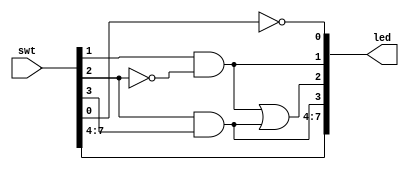
`timescale 1ns / 1ps
//////////////////////////////////////////////////////////////////////////////////
// Module Name: tutorial
//////////////////////////////////////////////////////////////////////////////////


module tutorial(
    input [7:0] swt,
     output [7:0] led
    );
    
    assign led[0] = ~swt[0];
    assign led[1] = swt[1] & ~swt[2];
    assign led[3] = swt[2] & swt[3];
    assign led[2] = led[1] | led[3];
    
    assign led[7:4] = swt[7:4];
    
endmodule